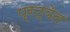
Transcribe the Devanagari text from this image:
प्रत्येत